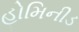
હોમિનીડ